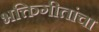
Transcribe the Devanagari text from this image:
भक्तिगीतांचा